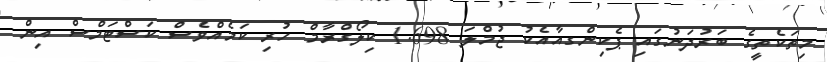
މިތަކެތީގެ ބަރުދަނުގައި ޕެކިންގއާއެކު ޖުމްލަ 1.698 ކިލޯގްރާމް ހުރި ކަމެއްވެސް ކަސްޓަމްސް އިން